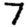
Digit: 7